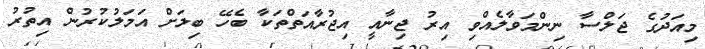
މިއަދުގެ ޖަލްސާ ނިންމަވާލެއްވި އިރު ޖިނާއީ އިޖުރާއަތްތަކާ ބެހޭ ބިލަށް އަމަލުކުރުން އިތުރު